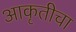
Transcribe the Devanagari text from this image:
आकृतीचा